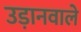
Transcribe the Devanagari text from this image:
उड़ानवाले